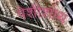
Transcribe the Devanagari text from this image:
पेशीशोथ